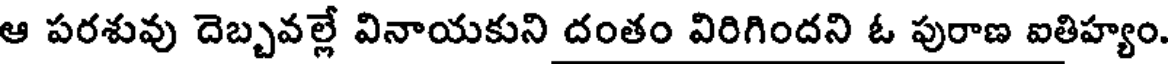
ఆ పరశువు దెబ్బవల్లే వినాయకుని దంతం విరిగిందని ఓ పురాణ ఐతిహ్యం